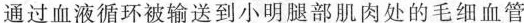
通过血液循环被输送到小明腿部肌肉处的毛细血管